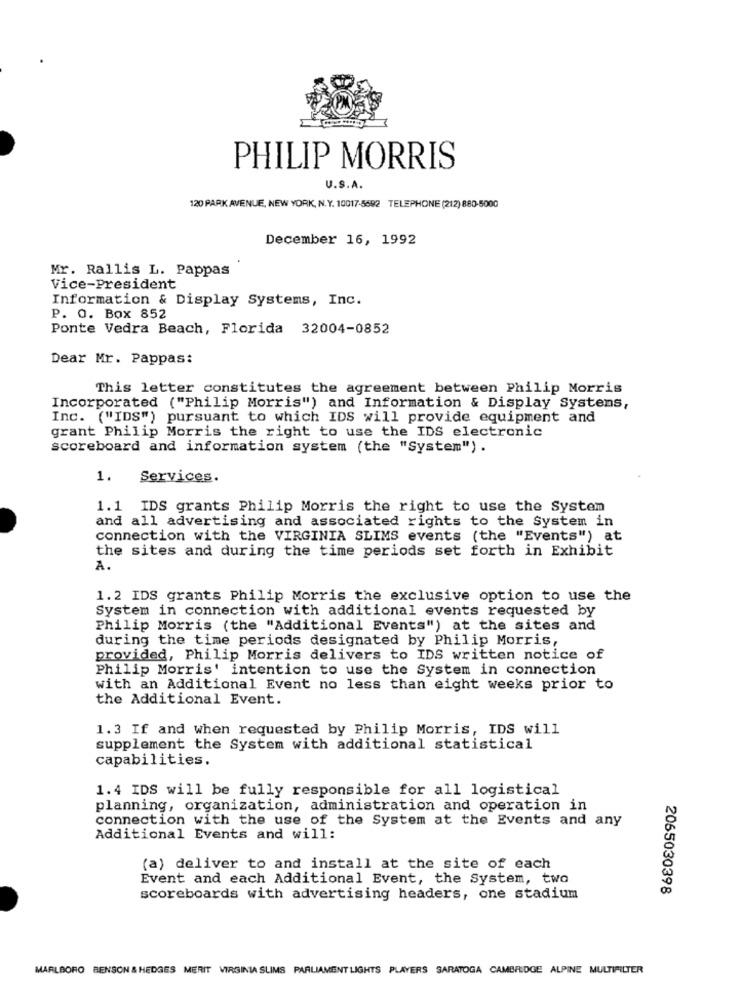
PHILIP MORRIS
U.S.A.
120 PARK AVENUE, NEW YORK, N.Y. 10017-5692 TELEPHONE (212) 880-5000
December 16, 1992
Mr. Rallis L. Pappas
Vice-President
Information & Display Systems, Inc.
P. O. Box 852
Ponte Vedra Beach, Florida 32004-0852
Dear Mr. Pappas:
This letter constitutes the agreement between Philip Morris
Incorporated ("Philip Morris") and Information & Display Systems,
Inc. ("IDS") pursuant to which IDS will provide equipment and
grant Philip Morris the right to use the IDS electronic
scoreboard and information system (the "System").
1.
Services.
1.1 IDS grants Philip Morris the right to use the System
and all advertising and associated rights to the System in
connection with the VIRGINIA SLIMS events (the "Events") at
the sites and during the time periods set forth in Exhibit
A.
1.2 IDS grants Philip Morris the exclusive option to use the
System in connection with additional events requested by
Philip Morris (the "Additional Events") at the sites and
during the time periods designated by Philip Morris,
provided, Philip Morris delivers to IDS written notice of
Philip Morris' intention to use the System in connection
with an Additional Event no less than eight weeks prior to
the Additional Event.
1.3 If and when requested by Philip Morris, IDS will
supplement the System with additional statistical
capabilities.
1.4 IDS will be fully responsible for all logistical
planning, organization, administration and operation in
connection with the use of the System at the Events and any
Additional Events and will:
(a) deliver to and install at the site of each
Event and each Additional Event, the System, two
2065030398
scoreboards with advertising headers, one stadium
MARLBORO BENSON & HEDGES MERIT VIRGINIA SLIMS PARLIAMENT LIGHTS PLAYERS SARATOGA CAMBRIDGE ALPINE MULTIFILTER